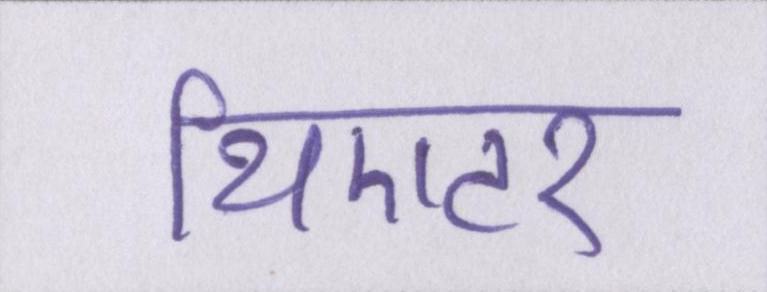
थिएटर